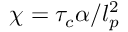
\chi = \tau _ { c } \alpha / l _ { p } ^ { 2 }